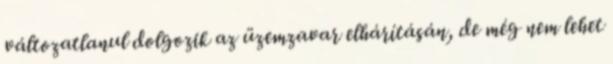
változatlanul dolgozik az üzemzavar elhárításán, de még nem lehet